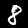
Digit: 8